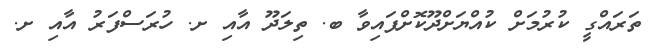
ތަރައްގީ ކުރުމަށް ކުއްޔަށްދޫކޮށްފައިވާ ބ. ތިލަދޫ އާއި ށ. ހުރަސްފަރު އާއި ށ.